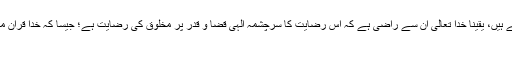
اور جو لوگ اپنے پروردگار کی معصیت سے اجتناب کرتے ہیں، یقینا خدا تعالیٰ ان سے راضی ہے کہ اس رضایت کا سرچشمہ الہٰی قضا و قدر پر مخلوق کی رضایت ہے؛ جیسا کہ خدا قرآن میں فرماتا ہے:رَّضِیَ اللَّـهُ عَنْهُمْ وَرَضُوا عَنْهُ ذَٰلِکَ الْفَوْزُ الْعَظِیمُ
[۱۷] مائده/سوره۵، آیه۱۱۹۔